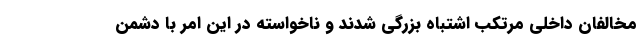
مخالفان داخلی مرتکب اشتباه بزرگی شدند و ناخواسته در این امر با دشمن